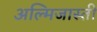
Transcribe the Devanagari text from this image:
अल्मिजास्ती